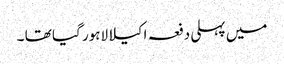
میں پہلی دفعہ اکیلا لاہور گیا تھا ۔